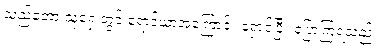
သည်တော့ သူ့ရှေ့တွင် ရော့ဒ်ယာအကြောင်း ရှောင်ပြီး ပြောကြရသည်။